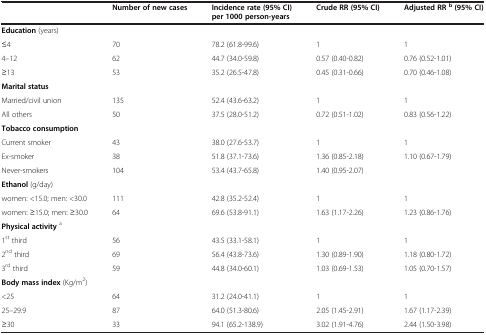
<table><thead><tr><td><b> </b></td><td><b>Number of new cases</b></td><td><b>Incidence rate (95% CI) per 1000 person-years</b></td><td><b>Crude RR (95% CI)</b></td><td><b>Adjusted RR<sup>b</sup>(95% CI)</b></td></tr></thead><tbody><tr><td><b>Education</b> (years)</td><td> </td><td> </td><td> </td><td> </td></tr><tr><td>≤4</td><td>70</td><td>78.2 (61.8-99.6)</td><td>1</td><td>1</td></tr><tr><td>4–12</td><td>62</td><td>44.7 (34.0-59.8)</td><td>0.57 (0.40-0.82)</td><td>0.76 (0.52-1.01)</td></tr><tr><td>≥13</td><td>53</td><td>35.2 (26.5-47.8)</td><td>0.45 (0.31-0.66)</td><td>0.70 (0.46-1.08)</td></tr><tr><td><b>Marital status</b></td><td> </td><td> </td><td> </td><td> </td></tr><tr><td>Married/civil union</td><td>135</td><td>52.4 (43.6-63.2)</td><td>1</td><td>1</td></tr><tr><td>All others</td><td>50</td><td>37.5 (28.0-51.2)</td><td>0.72 (0.51-1.02)</td><td>0.83 (0.56-1.22)</td></tr><tr><td><b>Tobacco consumption</b></td><td> </td><td> </td><td> </td><td> </td></tr><tr><td>Current smoker</td><td>43</td><td>38.0 (27.6-53.7)</td><td>1</td><td>1</td></tr><tr><td>Ex-smoker</td><td>38</td><td>51.8 (37.1-73.6)</td><td>1.36 (0.85-2.18)</td><td>1.10 (0.67-1.79)</td></tr><tr><td>Never-smokers</td><td>104</td><td>53.4 (43.7-65.8)</td><td>1.40 (0.95-2.07)</td><td> </td></tr><tr><td><b>Ethanol</b> (g/day)</td><td> </td><td> </td><td> </td><td> </td></tr><tr><td>women: &lt;15.0; men: &lt;30.0</td><td>111</td><td>42.8 (35.2-52.4)</td><td>1</td><td>1</td></tr><tr><td>women: ≥15.0; men: ≥30.0</td><td>64</td><td>69.6 (53.8-91.1)</td><td>1.63 (1.17-2.26)</td><td>1.23 (0.86-1.76)</td></tr><tr><td><b>Physical activity</b><sup>a</sup></td><td> </td><td> </td><td> </td><td> </td></tr><tr><td>1<sup>st</sup> third</td><td>56</td><td>43.5 (33.1-58.1)</td><td>1</td><td>1</td></tr><tr><td>2<sup>nd</sup> third</td><td>69</td><td>56.4 (43.8-73.6)</td><td>1.30 (0.89-1.90)</td><td>1.18 (0.80-1.72)</td></tr><tr><td>3<sup>rd</sup> third</td><td>59</td><td>44.8 (34.0-60.1)</td><td>1.03 (0.69-1.53)</td><td>1.05 (0.70-1.57)</td></tr><tr><td><b>Body mass index</b> (Kg/m<sup>2</sup>)</td><td> </td><td> </td><td> </td><td> </td></tr><tr><td>&lt;25</td><td>64</td><td>31.2 (24.0-41.1)</td><td>1</td><td>1</td></tr><tr><td>25–29.9</td><td>87</td><td>64.0 (51.3-80.6)</td><td>2.05 (1.45-2.91)</td><td>1.67 (1.17-2.39)</td></tr><tr><td>≥30</td><td>33</td><td>94.1 (65.2-138.9)</td><td>3.02 (1.91-4.76)</td><td>2.44 (1.50-3.98)</td></tr></tbody></table>